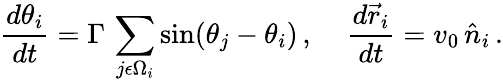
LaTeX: {\frac{d\theta_{i}}{dt}}=\Gamma\, \sum_{j\epsilon\Omega_{i}}\mathrm{sin}(\theta_{j}-\theta_{i})\, ,\; \; \; \; {\frac{d\vec{r}_{i}}{dt}}=v_{0}\, \hat{n}_{i}\, .